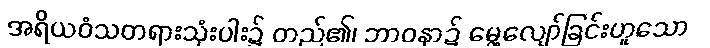
အရိယဝံသတရားသုံးပါး၌ တည်၏၊ ဘာဝနာ၌ မွေ့လျော်ခြင်းဟူသော